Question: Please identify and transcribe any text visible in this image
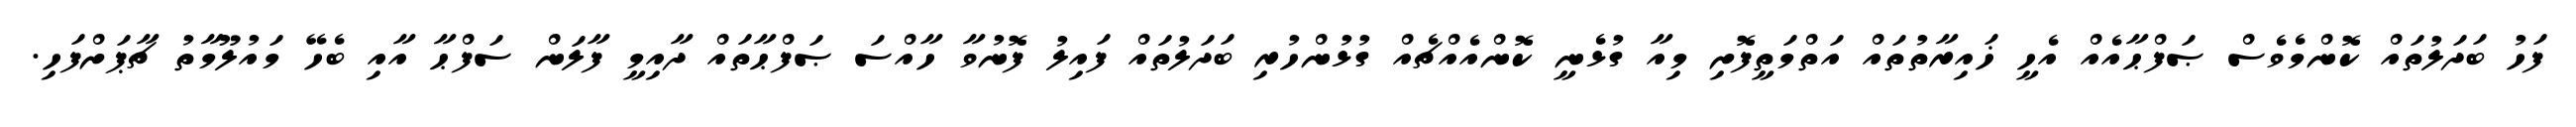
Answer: ފަހު ބަދަލުތައް ކޮންމެވެސް ޞަފްޙާއެއް އެހީ ޚައިރާތުތައް އަތްމަތީފޮށި މިއާ ގުޅެނީ ކޮންއެއްޗެއް ގުޅުންހުރި ބަދަލުތައް ފައިލު ފޮނުވާ ހާއްސަ ޞަފްޙާތައް ދާއިމީ ފާލަން ސަފްޙާ އާއި ބެހޭ މައުލޫމާތު ޗާޕަށްފަހި.